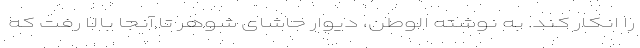
را انکار کند. به نوشته الوطن، دیوار حاشای شوهر تا آنجا بالا رفت که